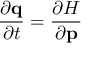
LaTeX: { \frac { \partial \mathbf { q } } { \partial t } } = { \frac { \partial H } { \partial \mathbf { p } } }